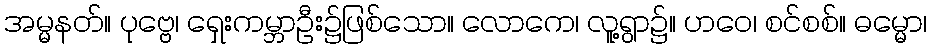
အမ္မနတ်။ ပုဗ္ဗေ၊ ရှေးကမ္ဘာဦး၌ဖြစ်သော။ လောကေ၊ လူ့ရွာ၌။ ဟဝေ၊ စင်စစ်။ ဓမ္မော၊